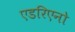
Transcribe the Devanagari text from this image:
एडरिएनो